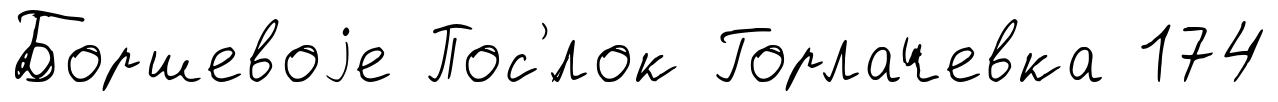
Боршевоjе Пос'́лок Горлачевка 174